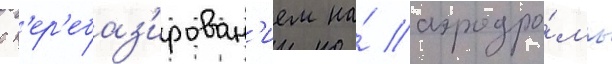
с п'ер'ебаз'ирован'ием на́ аэродро́мы